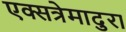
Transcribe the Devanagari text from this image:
एक्सत्रेमादुरा